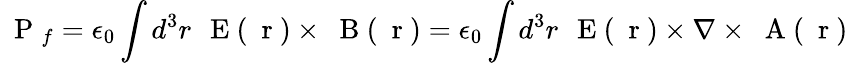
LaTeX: \mathrm{~\mathbf~P~}_{f}=\epsilon_{0}\int d^{3}r\, \mathrm{~\mathbf~E~}(\mathrm{~\mathbf~r~})\times\mathrm{~\mathbf~B~}(\mathrm{~\mathbf~r~})=\epsilon_{0}\int d^{3}r\, \mathrm{~\mathbf~E~}(\mathrm{~\mathbf~r~})\times\nabla\times\mathrm{~\mathbf~A~}(\mathrm{~\mathbf~r~})